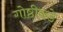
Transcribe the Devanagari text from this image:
गोष्ठीकडे